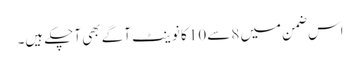
اس ضمن میں 8 سے10 کا نوینٹ آگے بھی آچکے ہیں۔